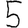
Digit: 5